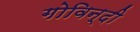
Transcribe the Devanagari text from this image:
गोविन्दी